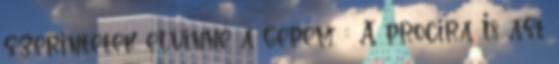
szerintetek elvinné a gépem :: A procira I8 ast